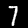
Digit: 7